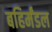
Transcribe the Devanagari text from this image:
बहिर्मंडल